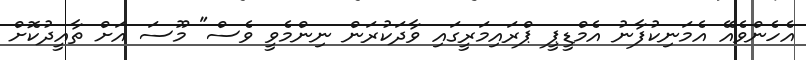
އެހެންވެއޭ އެމަނިކުފާނު އެމްޑީޕީ ޕްރައިމަރީގައި ވާދަކުރަން ނިންމެވީ ވެސް" މޫސަ އަށް ތާއީދުކޮށް